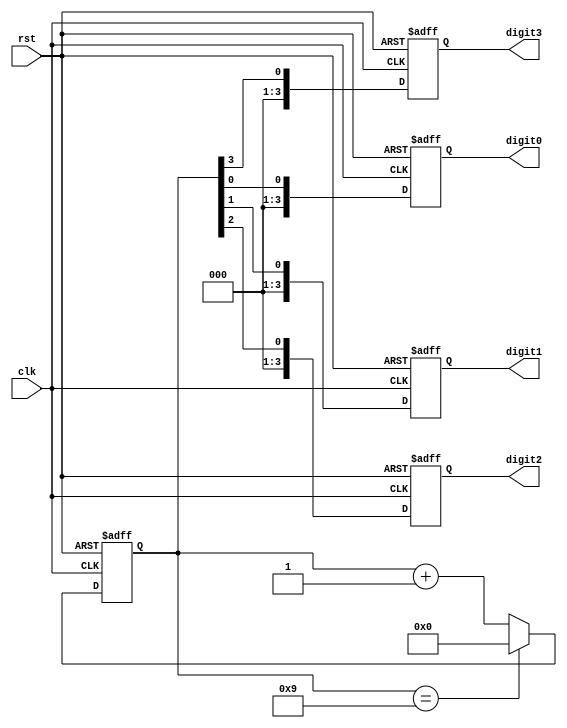
module BCD_Counter (
    input wire clk,
    input wire rst,
    output reg [3:0] digit0,
    output reg [3:0] digit1,
    output reg [3:0] digit2,
    output reg [3:0] digit3
);

reg [3:0] count;

always @(posedge clk or posedge rst) begin
    if (rst) begin
        count <= 4'b0000;
        digit0 <= 4'b0000;
        digit1 <= 4'b0000;
        digit2 <= 4'b0000;
        digit3 <= 4'b0000;
    end else begin
        if (count == 4'b1001) begin
            count <= 4'b0000;
        end else begin
            count <= count + 4'b0001;
        end
        
        digit0 <= count[0];
        digit1 <= count[1];
        digit2 <= count[2];
        digit3 <= count[3];
    end
end

endmodule